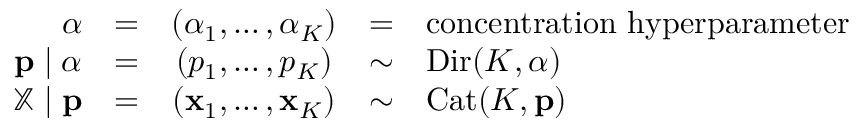
{ \begin{array} { r c c c l } { { \boldsymbol { \alpha } } } & { = } & { \left( \alpha _ { 1 } , \ldots , \alpha _ { K } \right) } & { = } & { { \mathrm { c o n c e n t r a t i o n ~ h y p e r p a r a m e t e r } } } \\ { \mathbf { p } \mid { \boldsymbol { \alpha } } } & { = } & { \left( p _ { 1 } , \ldots , p _ { K } \right) } & { \sim } & { \operatorname { D i r } ( K , { \boldsymbol { \alpha } } ) } \\ { \mathbb { X } \mid \mathbf { p } } & { = } & { \left( \mathbf { x } _ { 1 } , \ldots , \mathbf { x } _ { K } \right) } & { \sim } & { \operatorname { C a t } ( K , \mathbf { p } ) } \end{array} }